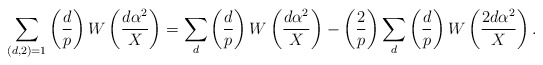
\begin{align*} \sum_{(d,2)=1}\left( \frac{d}{p} \right) W\left( \frac{d\alpha^2}{X} \right)=\sum_{d}\left( \frac{d}{p} \right) W\left(\frac{d\alpha^2}{X} \right)-\left( \frac{2}{p} \right)\sum_{d}\left( \frac{d}{p} \right) W\left( \frac{2 d\alpha^2}{X} \right).\end{align*}